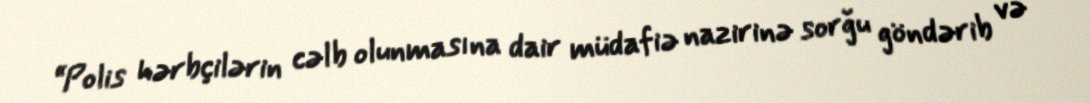
“Polis hərbçilərin cəlb olunmasına dair müdafiə nazirinə sorğu göndərib və